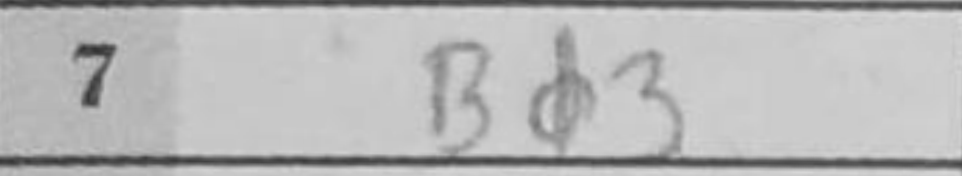
Transcription: Bd3